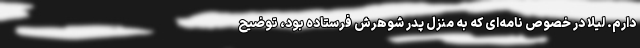
دارم. لیلا در خصوص نامه‌ای که به منزل پدر شوهرش فرستاده بود، توضیح